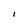
Character: I